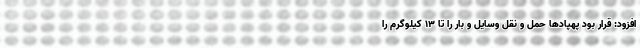
افزود: قرار بود پهپادها حمل و نقل وسایل و بار را تا ۱۳ کیلوگرم را